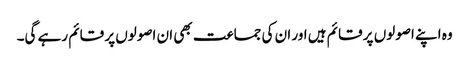
وہ اپنے اصولوں پر قائم ہیں اور ان کی جماعت بھی ان اصولوں پر قائم رہے گی۔